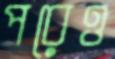
পরেও